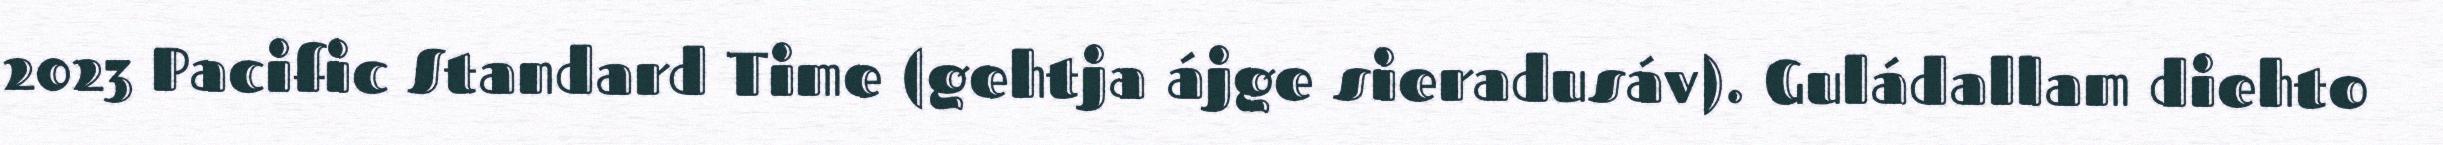
2023 Pacific Standard Time (gehtja ájge sieradusáv). Guládallam diehto